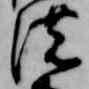
濃